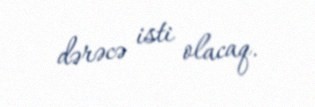
dərəcə isti olacaq.